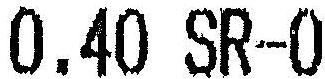
0.40 SR-0